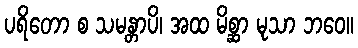
ပရိတော စ သမန္တာပိ၊ အထ မိစ္ဆာ မုသာ ဘဝေ။